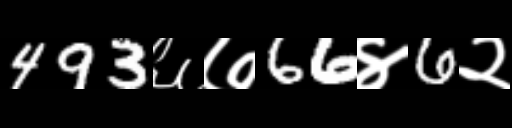
Text: 493६७66४6२